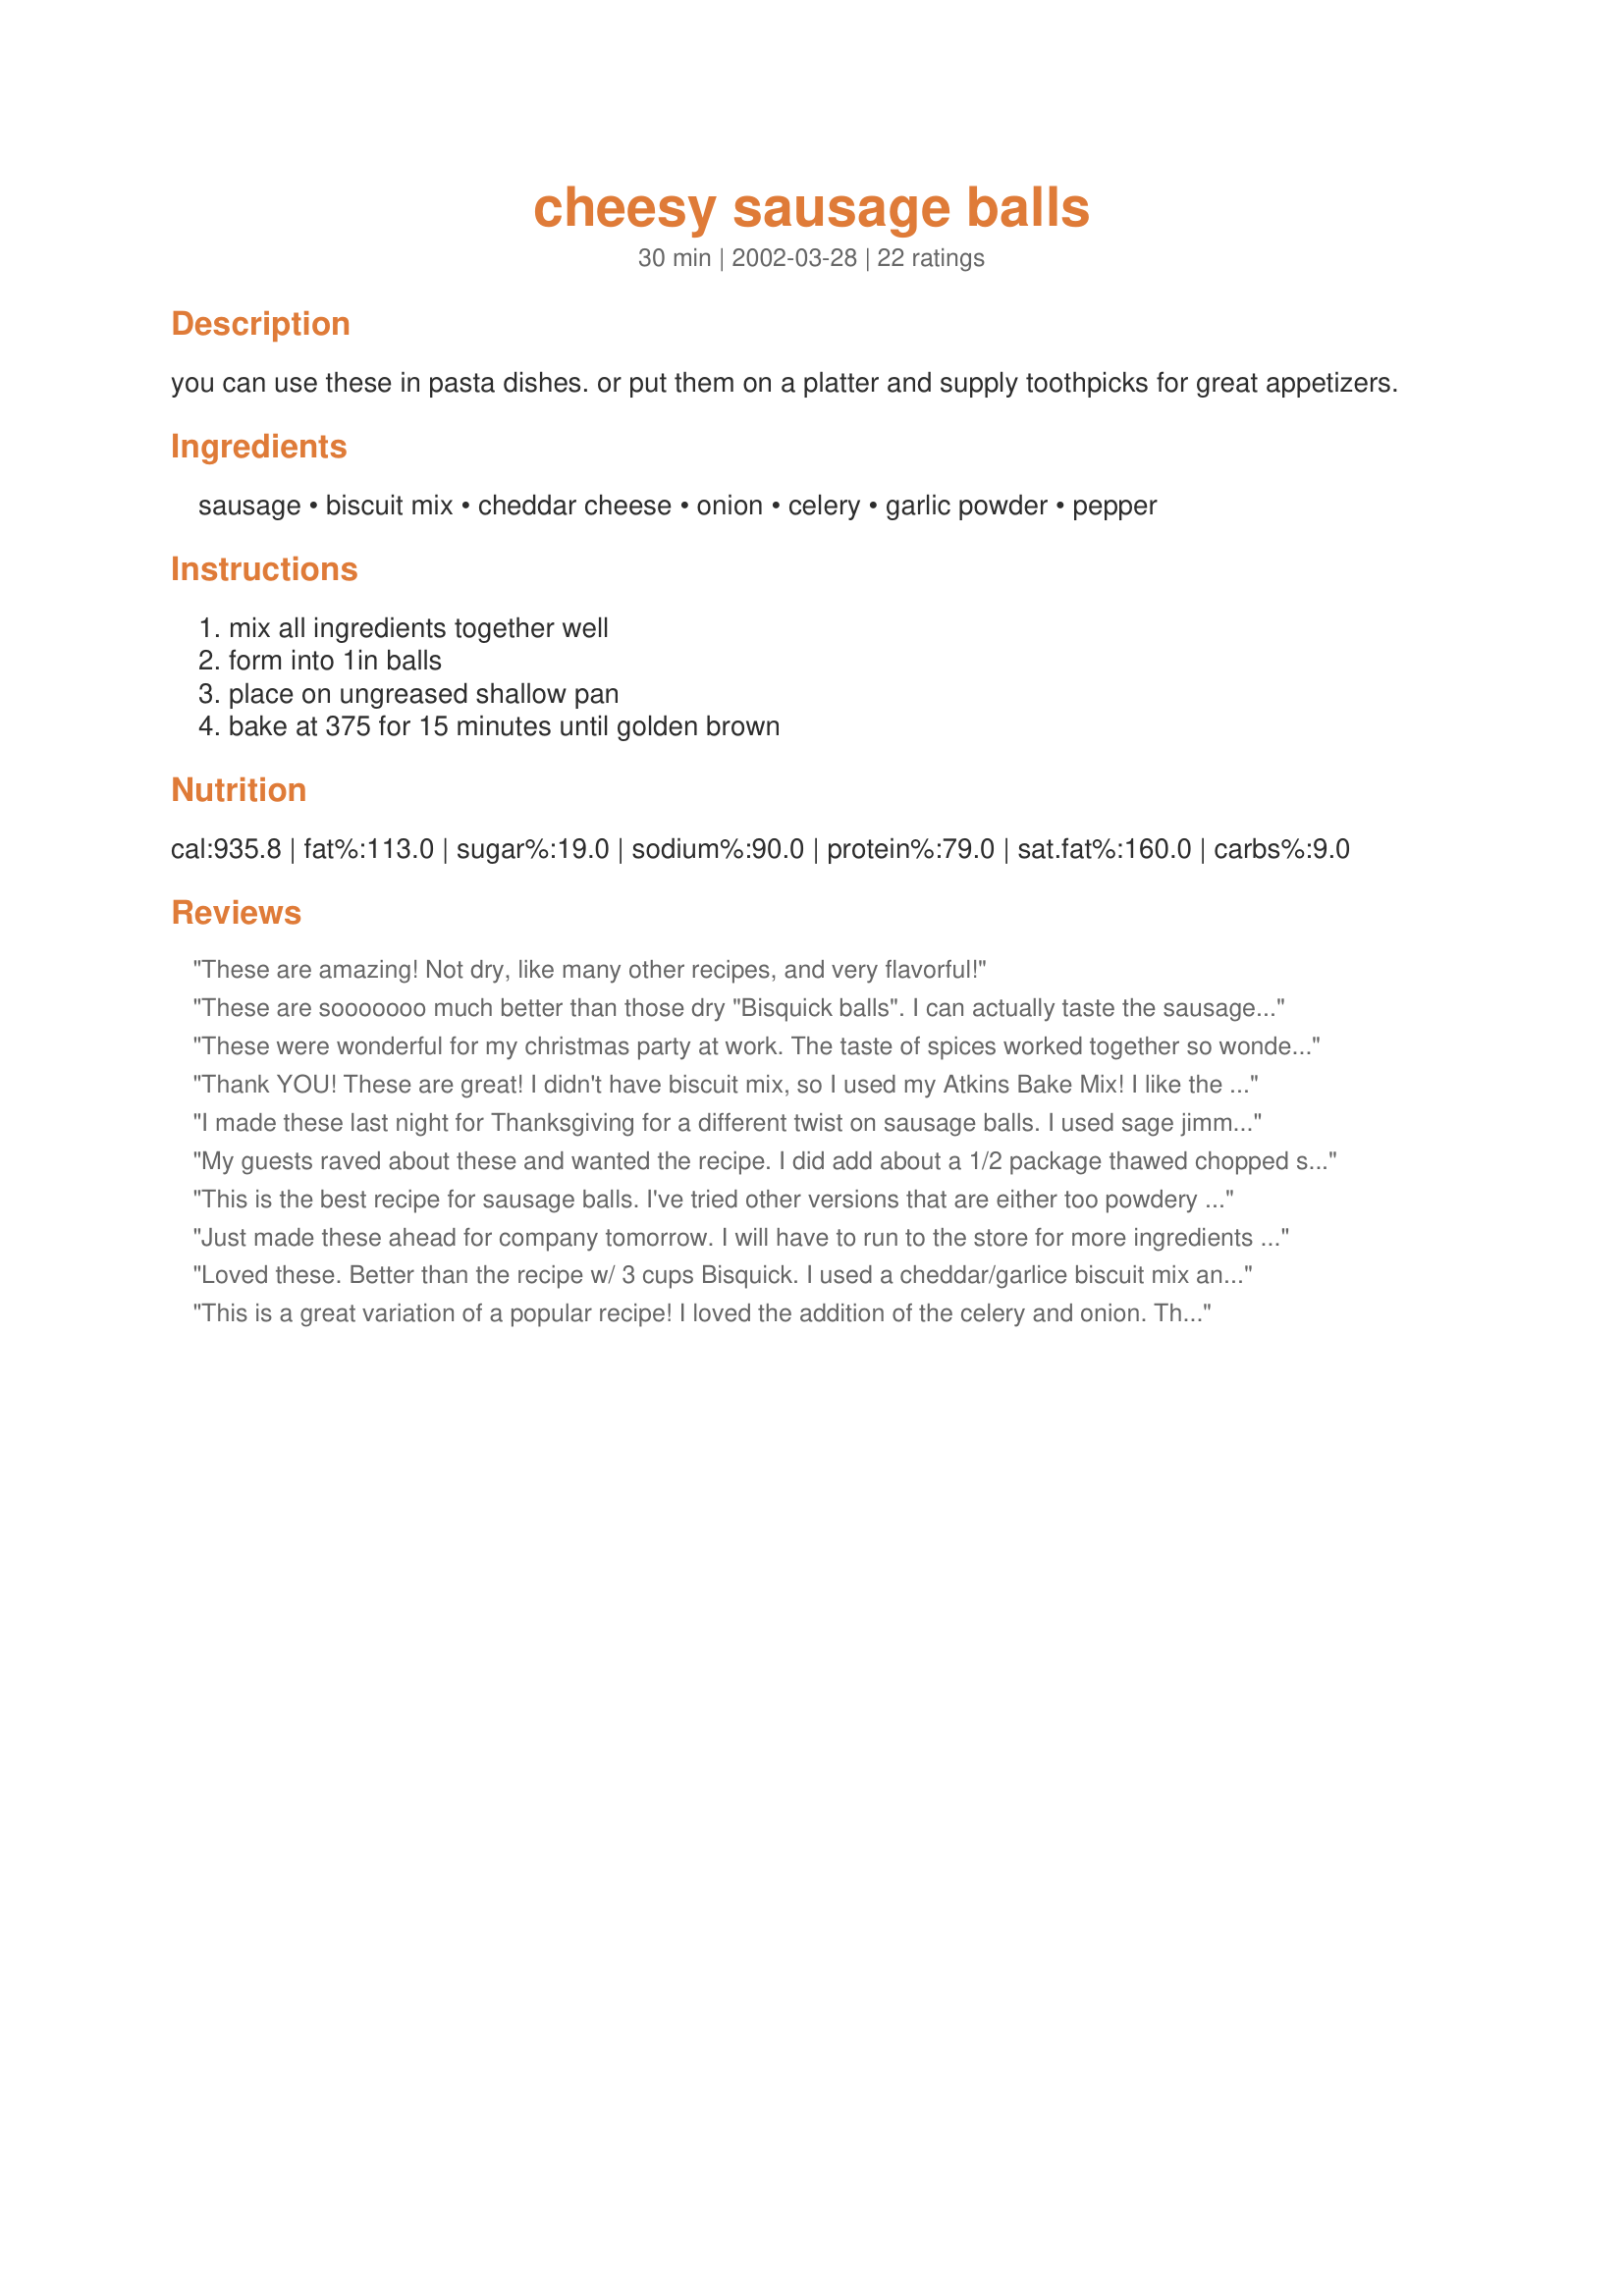
cheesy sausage balls
Preparation time: 30 minutes

you can use these in pasta dishes. or put them on a platter and supply toothpicks for great appetizers.

Ingredients:
sausage, biscuit mix, cheddar cheese, onion, celery, garlic powder, pepper

Steps:
mix all ingredients together well, form into 1in balls, place on ungreased shallow pan, bake at 375 for 15 minutes until golden brown

Reviews:
These are amazing! Not dry, like many other recipes, and very flavorful!
These are sooooooo much better than those dry "Bisquick balls". I can actually taste the sausage! I used 1/2 Jimmy Dean Hot, and 1/2 Maple flavored sausage. Had to omit the celery, had none, but will defineately add it next time.....and there will be a next time. Thank you!
These were wonderful for my christmas party at work. The taste of spices worked together so wonderfully. I saw everyone with at least two on their plates.
Thank YOU! These are great!
I didn't have biscuit mix, so I used my Atkins Bake Mix! I like the celery and onion mixture, almost like stuffing!

Thanks again!
I made these last night for Thanksgiving for a different twist on sausage balls. I used sage jimmy dean and followed the rest of the recipe exactly. I think they are good but they taste like little stuffing balls to me.I'm sure they will go over well on Thanksgiving.Thanks for the recipe.
My guests raved about these and wanted the recipe. I did add about a 1/2 package thawed chopped spinach because I didn't want it to go to waste. These were delicious and so easy to make. I just used a mini-scoop and dropped them onto a jellyroll pan. It couldn't have been simpler!
This is the best recipe for sausage balls. I've tried other versions that are either too powdery (from the biscuit mix) or just flavorless.

I make these once a year for Thanksgiving, and they're gone before I get a chance to set the baking sheet down. 

If you find them a bit greasy, drain the sausage balls on paper towels before serving.
Just made these ahead for company tomorrow. I will have to run to the store for more ingredients because my husband & I can't quit eating them! These are the Best sausage balls I've ever had. The celery & onions add just the right crunch & flavor. The bisquit mix is just enough to hold them together, but keep them juicy. Try these, they are excellent.
Loved these. Better than the recipe w/ 3 cups Bisquick. I used a cheddar/garlice biscuit mix and even added a little extra garlic. Really good.
This is a great variation of a popular recipe! I loved the addition of the celery and onion. Thanks!
These are very easy to make and taste so good. Crunchy on the outside but moist inside! They were a hit at my Superbowl party. Thanks Inez for the idea. I also like the idea of celery and onion in the ingredients. It was different from other sausage balls and made them look appealing.
I had something like this at a party years ago and found them good and wanted to make them. Well the first recipe I had was similar to the ones other reviewers talked about with more biscuick mix. At that time, I did not understand that I wasn't supposed to precook the sausage so it turned out like cake with sausage in it. Edible, but not so great. Then I found your recipe and now understood that I did not need to precook the sausage. I took Cayenne Girl's advice for a dipping sauce and made mine from cranberry sauce and cream cheese. They turned out great and I loved them just as is, didn't think they ended up needing a dipping sauce although it was tasty. Thanks for posting - these are GOOD!
Thanks MizzNezz for a real winner! I did make a couple of modifications to the recipe (I was in panic mode with guests arriving shortly). I only used the sausage, mix, cheddar and seasonings. I found I had to add about 1/4 cup milk to get the balls to hold their shape and as a result of that I think they turned out a bit more like mini biscuits than balls, but people snarfed them regardless. We all agreed these tasted like sausage biscuits from you-know-where and would be good dipped in a bit of melted jam! Thanks again for an easy, tasty winner!
I made these for our Christmas Eve party and everyone loved them. Some of us ended up dipping them in Rotel Cheese Dip and really had a food-gasmic experience. I was told to add these to the must make list for all future parties. I chose this particular recipe because it doesn't call for a huge amount of biscuit mix. Thanks for a great recipe.
You can't beat this particular recipe. A complete meal rolled up in a little ball! I keep them in the fridge for breakfast because my kids can't get enough of them (they heat well). Hint: aluminum foil makes clean up MUCH easier!!
We'll definitely be having these again! We ate them like meatballs, with pasta and red sauce, but I know they'd be just as good all by themselves.
This was a winner at the Christmas family get togther-I made 3 batches! By the 3rd batch I had made a couple of adjustments...mind you these are wonderful as is - the taste vaguely reminds you of stuffing...by the 3rd batch I had to use minced green pepper b/c I ran out of celery, I used a little minced garlic as suggested by some other reviewers, and upped the Bisquick and cheese to 1 C. each. That was my own personal favorite combination. Thanks!
These were wonderful little appetizers. We had our christmas get together a few weeks back, and even though everyone was dissappointed that I didn't make my usual stuffed mushrooms, they all raved about these. Thanks again for a great recipe mizznezz....I have many of yours in my cookbook.
Jan 20, 2009...Made these again for the same party as last year, everyone still loved them. I had an issue with all of the mix and cheese not blending in with the sausage, but found if you just sprinkle whatever is left in the bowl on the balls before baking.....absolutely wonderful. Thanks again mizznezz for a keeper.
Absolutely the best sausage balls I've ever had. 
I use Hot Sausage and yellow onion. For a side dip, I mix rasberry preserves with softened cream cheese. YUMMY!
Perfect Balance!
I tried this recipe years ago, using 3 cups of Bisquick to 1 lb. of sausage. My husband hated them. I made MizzNezz recipe for Christmas Eve and my husband loved them. He couldn't get over the savory, moist and chewy goodness. Toss out the "standard" recipe and go with MizzNezz.
Thanks for a great do-ahead that hits a home run!
MaggieVolk
these were pretty good. Different from the standard recipe. Probably a little healthier too since the fat drained out of these more. I like the texture of the standard recipe better, but the taste of these are better. More flavorful...
the best sausage balls!!! i always double the recipe and use 1 lb. hot sausage and 1 lb. maple sausage. gives a great sweet-hot taste. used minced garlic instead of garlic powder. these always get rave reviews and people can't stop eating them!!
